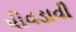
પીવડાવી